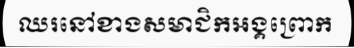
ឈរនៅខាងសមាជិកអង្គព្រោក